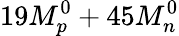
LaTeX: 19M_{p}^{0}+45M_{n}^{0}